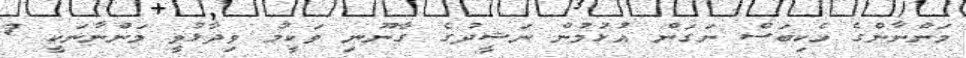
މަންނާންގެ ހެކިބަސް ނަގަން އުޅުމުން ނަޝީދުގެ ގާނޫނި ވަކީލު ވިދާޅުވީ މަންނާނަކީ 7